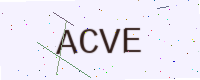
Text: ACVE